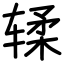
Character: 𫐓